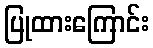
ပြုထားကြောင်း